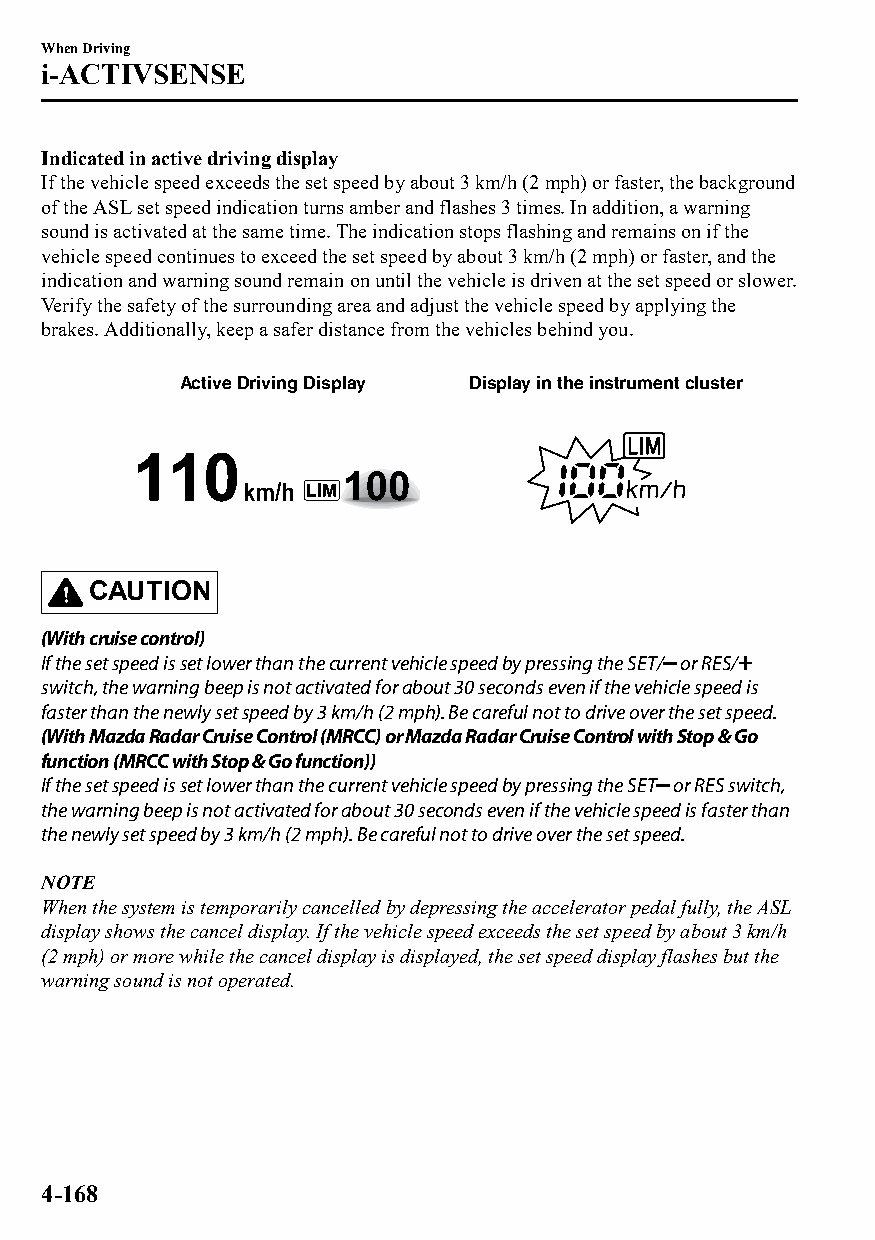
When Driving
 i-ACTIVSENSE
 Indicated in active driving display
 If the vehicle speed exceeds the set speed by about 3 km/h (2 mph) or faster, the background
 of the ASL set speed indication turns amber and flashes 3 times. In addition, a warning
 sound is activated at the same time. The indication stops flashing and remains on if the
 vehicle speed continues to exceed the set speed by about 3 km/h (2 mph) or faster, and the
 indication and warning sound remain on until the vehicle is driven at the set speed or slower.
 Verify the safety of the surrounding area and adjust the vehicle speed by applying the
 brakes. Additionally, keep a safer distance from the vehicles behind you.
 Active Driving Display Display in the instrument cluster
 CAUTION
 (With cruise control)
 If the set speed is set lower than the current vehicle speed by pressing the SET/ or RES/
 switch, the warning beep is not activated for about 30 seconds even if the vehicle speed is
 faster than the newly set speed by 3 km/h (2 mph). Be careful not to drive over the set speed.
 (With Mazda Radar Cruise Control (MRCC) or Mazda Radar Cruise Control with Stop & Go
 function (MRCC with Stop & Go function))
 If the set speed is set lower than the current vehicle speed by pressing the SET or RES switch,
 the warning beep is not activated for about 30 seconds even if the vehicle speed is faster than
 the newly set speed by 3 km/h (2 mph). Be careful not to drive over the set speed.
 NOTE
 When the system is temporarily cancelled by depressing the accelerator pedal fully, the ASL
 display shows the cancel display. If the vehicle speed exceeds the set speed by about 3 km/h
 (2 mph) or more while the cancel display is displayed, the set speed display flashes but the
 warning sound is not operated.
 4-168
 CX-3_8GT4-EE-18D_Edition4                  2018-9-6 18:32:19